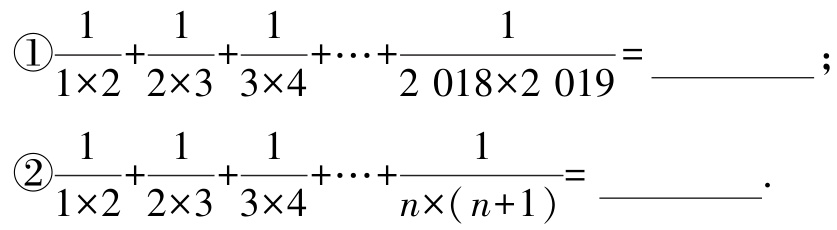
\textcircled{1}$\frac{1}{1\times2}+\frac{1}{2\times3}+\frac{1}{3\times4}+\cdots+\frac{1}{2\ 018\times2\ 019} = \_\_\_\_\_\_$;

\textcircled{2}$\frac{1}{1\times2}+\frac{1}{2\times3}+\frac{1}{3\times4}+\cdots+\frac{1}{n\times(n + 1)} = \_\_\_\_\_\_$.